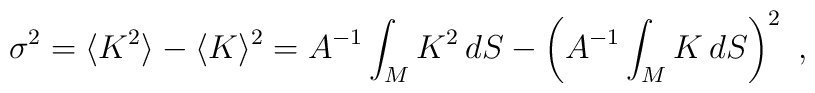
\sigma^2 = \langle K^2 \rangle - \langle K \rangle^2 = A^{-1}\int_M K^2 \, dS - \left(A^{-1} \int_M K \, dS\right)^2~,